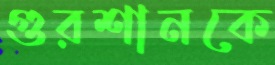
গুরশানকে